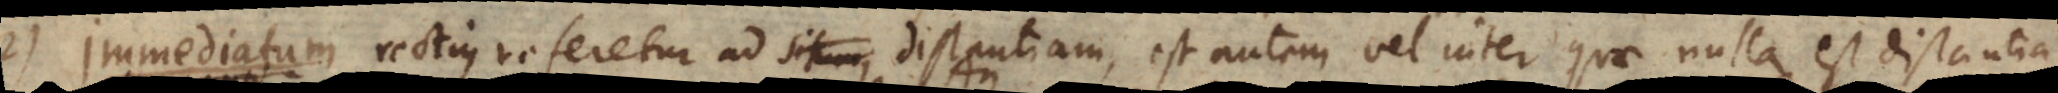
2. I rectius referetur ad situm, distantiam, est autem vel inter quae nulla est distantia,